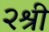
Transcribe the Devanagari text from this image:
२श्री